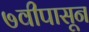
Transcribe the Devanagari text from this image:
७वीपासून